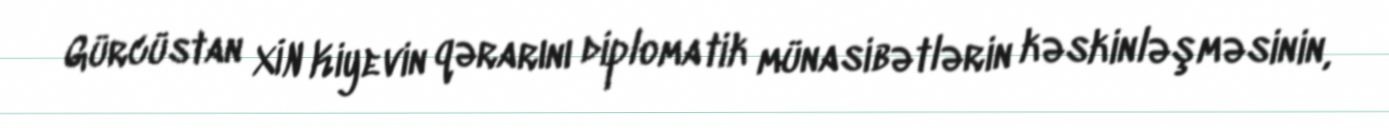
Gürcüstan XİN Kiyevin qərarını diplomatik münasibətlərin kəskinləşməsinin,